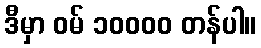
ဒီမှာ ဝမ် ၁၀၀၀၀ တန်ပါ။